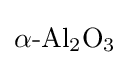
{\mathrm {\alpha } {\text{-}}\mathrm {Al} {\vphantom {A}}_{\smash[{t}]{2}}\mathrm {O} {\vphantom {A}}_{\smash[{t}]{3}}}